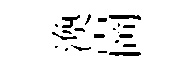
渙崗